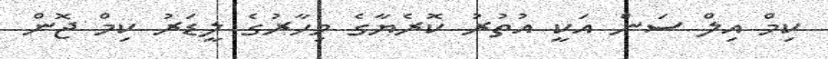
ކިމް އިލް ސަން އަކީ އުތުރު ކޮރެޔާގެ މިހާރުގެ ލީޑަރު ކިމް ޖޮން